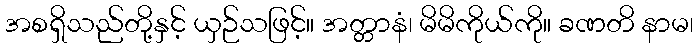
အစရှိသည်တို့နှင့် ယှဉ်သဖြင့်။ အတ္တာနံ၊ မိမိကိုယ်ကို။ ခဏတိ နာမ၊